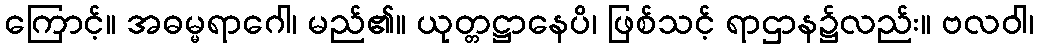
ကြောင့်။ အဓမ္မရာဂေါ၊ မည်၏။ ယုတ္တဋ္ဌာနေပိ၊ ဖြစ်သင့် ရာဌာန၌လည်း။ ဗလဝါ၊